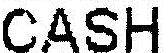
CASH